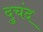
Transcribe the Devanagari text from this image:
दुचंद